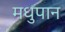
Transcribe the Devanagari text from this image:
मधुपान